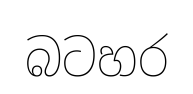
බටහර